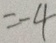
= - 4